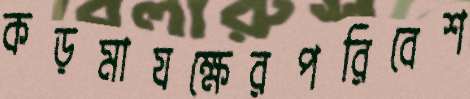
কড়মাযক্ষেরপরিবেশ